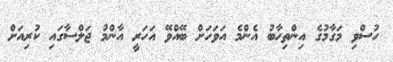
ހުސްވި މަގާމުގެ އިންތިހާބު އެންމެ އަވަހަށް ބޭއްވޭ އަހަރީ އާންމު ޖަލްސާގައި ކުރިއަށް